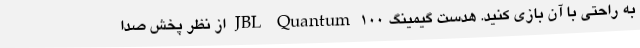
به راحتی با آن بازی کنید. هدست گیمینگ JBL Quantum 100 از نظر پخش صدا